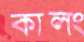
কালং